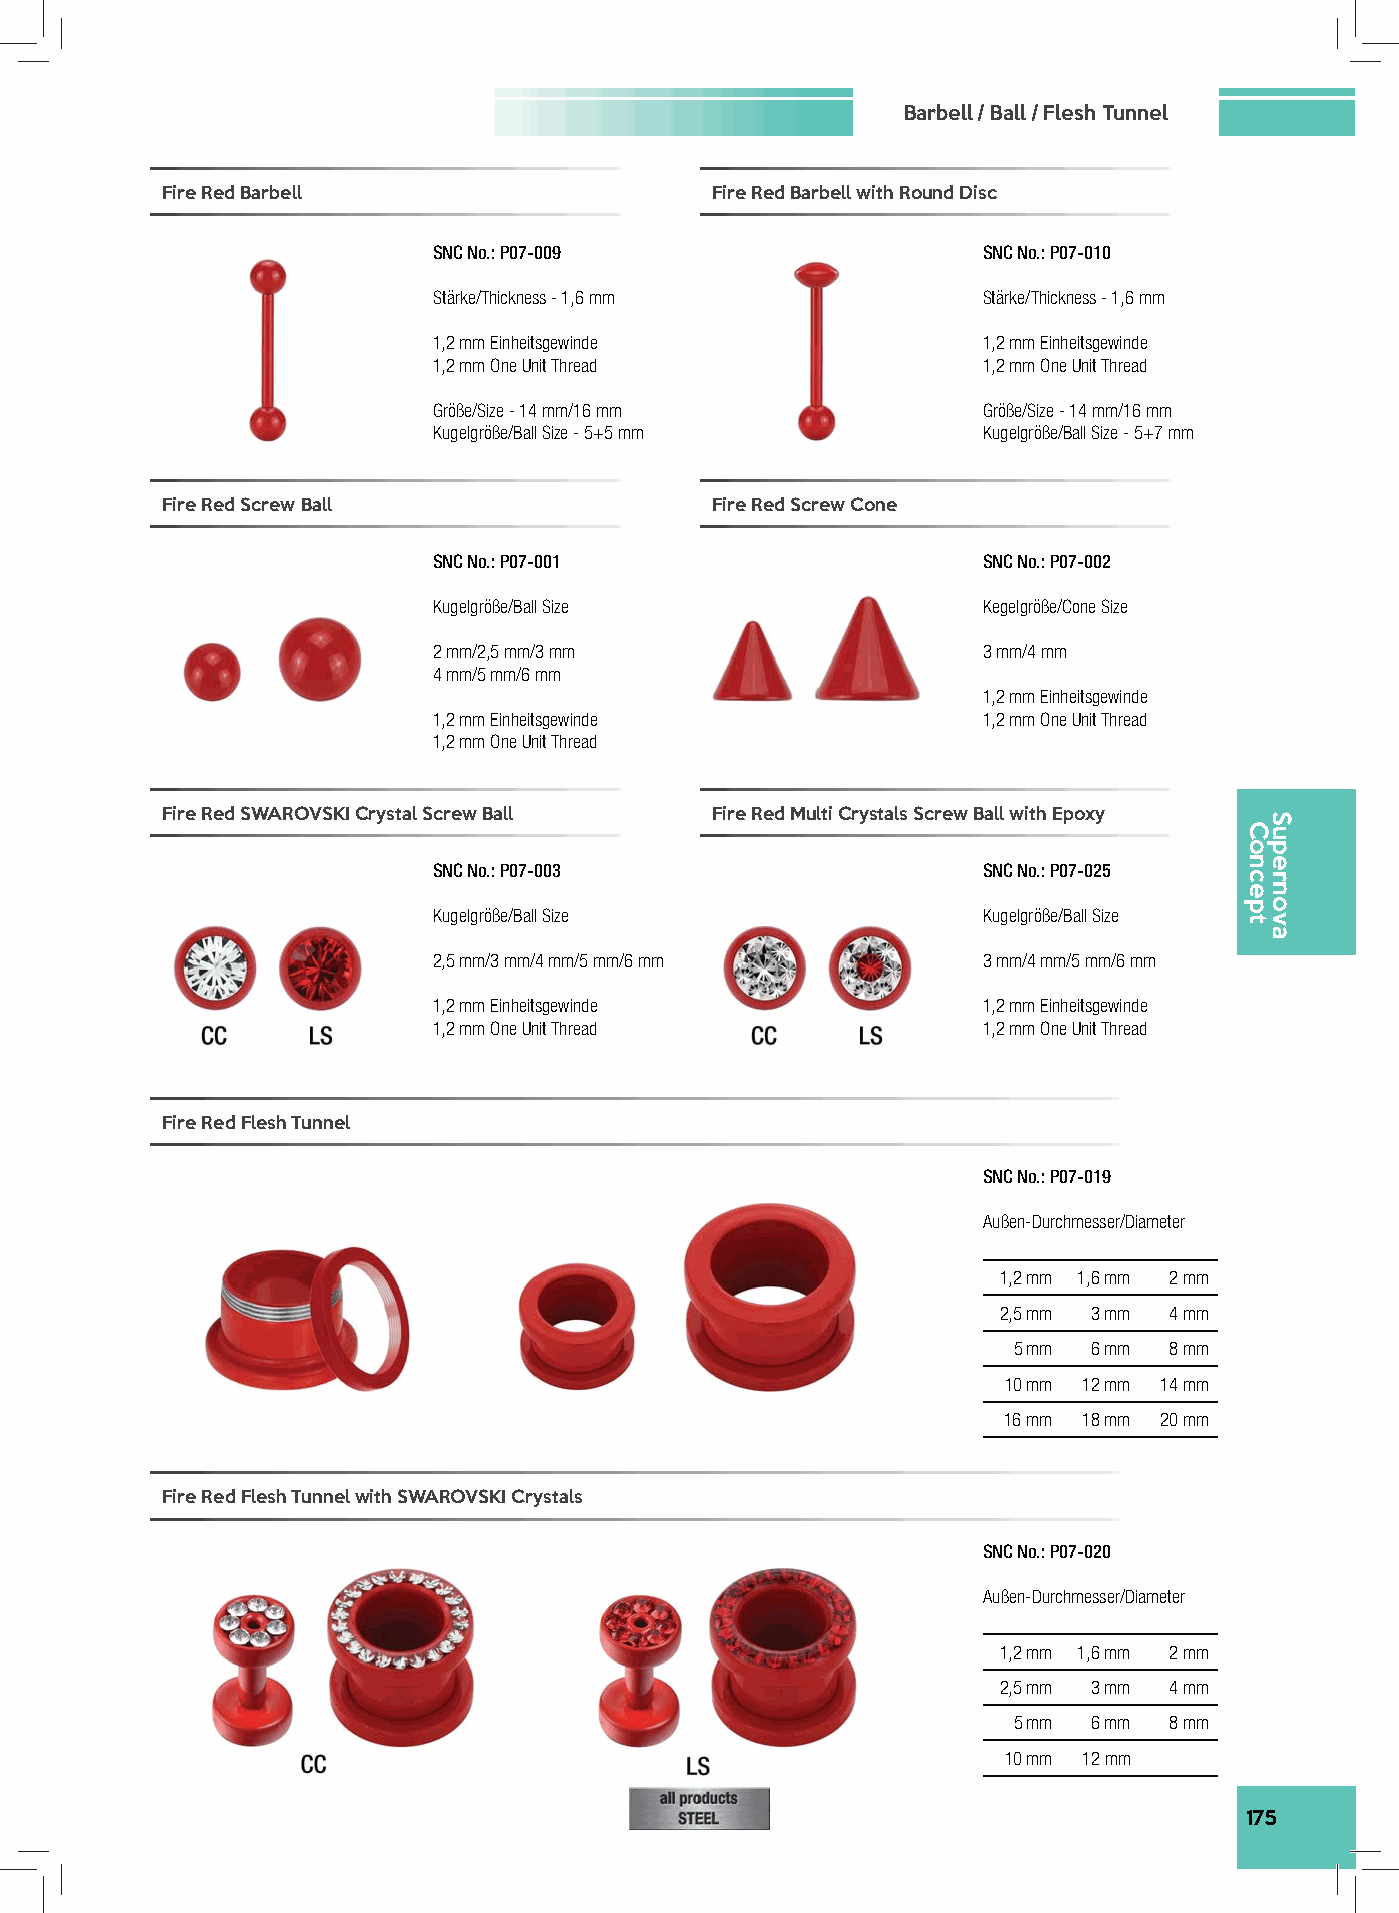
Barbell / Ball / Flesh Tunnel
 Fire Red Barbell                    Fire Red Barbell with Round Disc
 SNC No.: P07-009                    SNC No.: P07-010
 Stärke/Thickness - 1,6 mm           Stärke/Thickness - 1,6 mm
 1,2 mm Einheitsgewinde              1,2 mm Einheitsgewinde
 1,2 mm One Unit Thread              1,2 mm One Unit Thread
 Größe/Size - 14 mm/16 mm            Größe/Size - 14 mm/16 mm
 Kugelgröße/Ball Size - 5+5 mm       Kugelgröße/Ball Size - 5+7 mm
 Fire Red Screw Ball                 Fire Red Screw Cone
 SNC No.: P07-001                    SNC No.: P07-002
 Kugelgröße/Ball Size                Kegelgröße/Cone Size
 2 mm/2,5 mm/3 mm                    3 mm/4 mm
 4 mm/5 mm/6 mm
 1,2 mm Einheitsgewinde
 1,2 mm Einheitsgewinde              1,2 mm One Unit Thread
 1,2 mm One Unit Thread
 Fire Red SWAROVSKI Crystal Screw Ball Fire Red Multi Crystals Screw Ball with Epoxy
 SNC No.: P07-003                    SNC No.: P07-025
 Kugelgröße/Ball Size                Kugelgröße/Ball Size
 2,5 mm/3 mm/4 mm/5 mm/6 mm          3 mm/4 mm/5 mm/6 mm
 1,2 mm Einheitsgewinde              1,2 mm Einheitsgewinde
 1,2 mm One Unit Thread              1,2 mm One Unit Thread
 Fire Red Flesh Tunnel
 SNC No.: P07-019
 Außen-Durchmesser/Diameter
 1,2 mm 1,6 mm 2 mm
 2,5 mm 3 mm 4 mm
 5 mm 6 mm 8 mm
 10 mm 12 mm 14 mm
 16 mm 18 mm 20 mm
 Fire Red Flesh Tunnel with SWAROVSKI Crystals
 SNC No.: P07-020
 Außen-Durchmesser/Diameter
 1,2 mm 1,6 mm 2 mm
 2,5 mm 3 mm 4 mm
 5 mm 6 mm 8 mm
 10 mm 12 mm
 175
 Concept
 Supernova